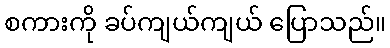
စကားကို ခပ်ကျယ်ကျယ် ပြောသည်။